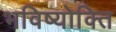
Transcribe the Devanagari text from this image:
भविष्योक्ति